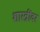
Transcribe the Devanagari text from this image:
शास्त्रींवर